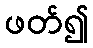
ဖတ်၍